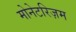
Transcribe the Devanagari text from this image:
मोनेटरिज़म